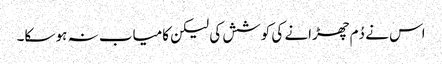
اس نے دُم چھڑانے کی کوشش کی لیکن کامیاب نہ ہو سکا۔